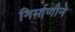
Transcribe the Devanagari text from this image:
निर्माणीने